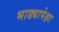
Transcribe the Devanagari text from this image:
भाड्यापेक्षा